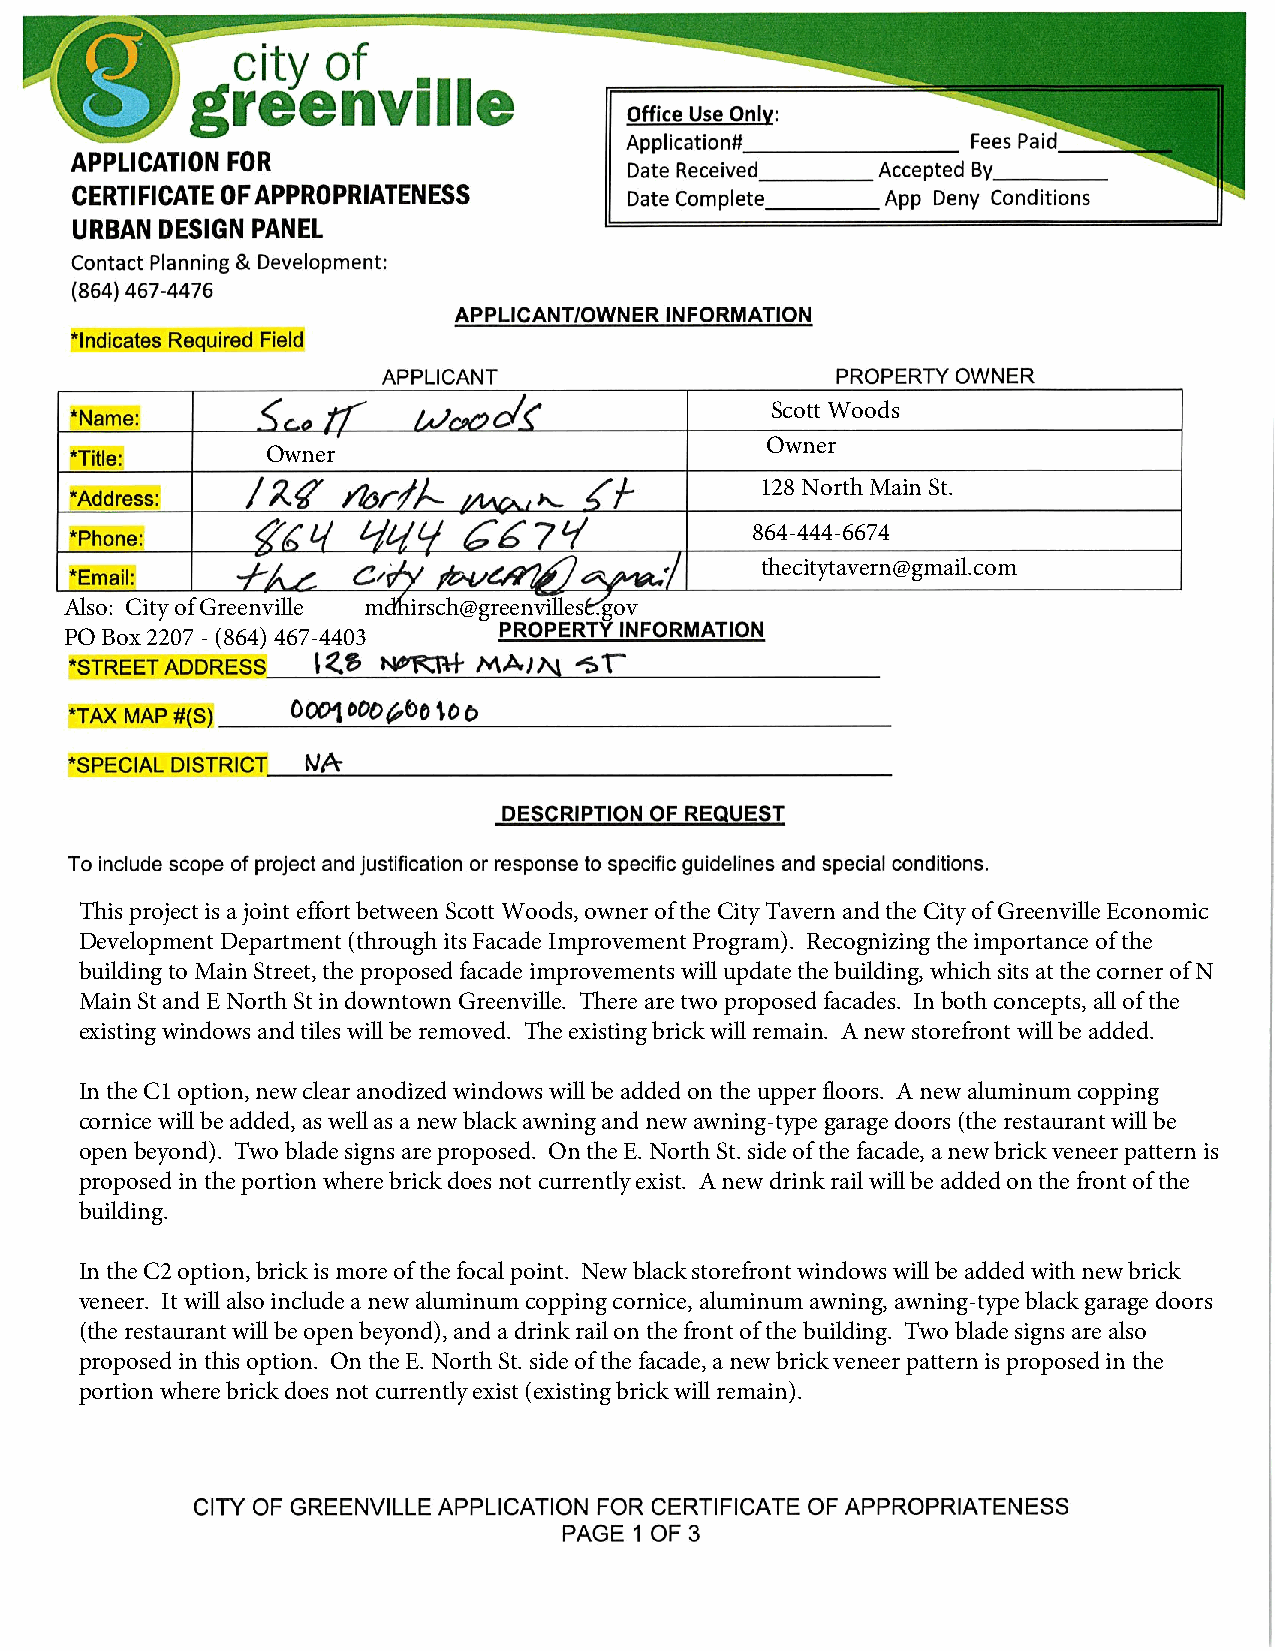
Scott Woods
 Owner
 Owner
 128 North Main St.
 864-444-6674
 thecitytavern@gmail.com
 Also: City of Greenville mdhirsch@greenvillesc.gov
 PO Box 2207 - (864) 467-4403
 This project is a joint effort between Scott Woods, owner of the City Tavern and the City of Greenville Economic
 Development Department (through its Facade Improvement Program). Recognizing the importance of the
 building to Main Street, the proposed facade improvements will update the building, which sits at the corner of N
 Main St and E North St in downtown Greenville. There are two proposed facades. In both concepts, all of the
 existing windows and tiles will be removed. The existing brick will remain. A new storefront will be added.
 In the C1 option, new clear anodized windows will be added on the upper floors. A new aluminum copping
 cornice will be added, as well as a new black awning and new awning-type garage doors (the restaurant will be
 open beyond). Two blade signs are proposed. On the E. North St. side of the facade, a new brick veneer pattern is
 proposed in the portion where brick does not currently exist. A new drink rail will be added on the front of the
 building.
 In the C2 option, brick is more of the focal point. New black storefront windows will be added with new brick
 veneer. It will also include a new aluminum copping cornice, aluminum awning, awning-type black garage doors
 (the restaurant will be open beyond), and a drink rail on the front of the building. Two blade signs are also
 proposed in this option. On the E. North St. side of the facade, a new brick veneer pattern is proposed in the
 portion where brick does not currently exist (existing brick will remain).